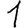
Digit: 1